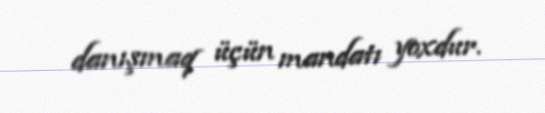
danışmaq üçün mandatı yoxdur.